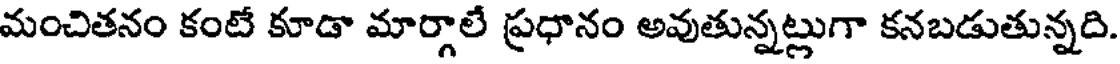
మంచితనం కంటే కూడా మార్గాలే ప్రధానం అవుతున్నట్లుగా కనబడుతున్నది.